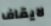
لايقاف